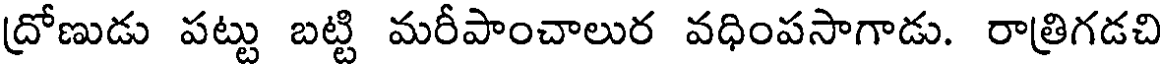
ద్రోణుడు పట్టు బట్టి మరీపాంచాలుర వధింపసాగాడు. రాత్రిగడచి